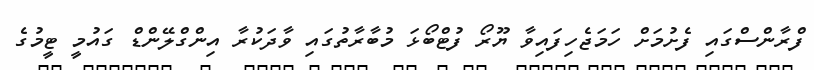
ފްރާންސްގައި ފެށުމަށް ހަމަޖެހިފައިވާ ޔޫރޯ ފުޓްބޯޅަ މުބާރާތުގައި ވާދަކުރާ އިންގްލޭންޑް ގައުމީ ޓީމުގެ